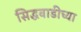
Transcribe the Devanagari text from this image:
सिद्धवाडीच्या